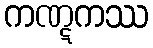
ကဏ္ဋကဿ